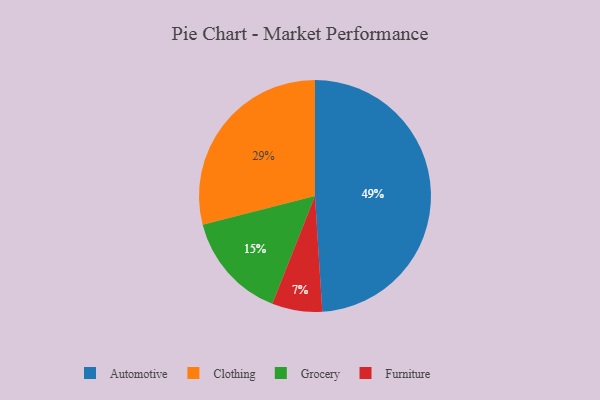
{"axis": {"x": "Category", "y": "Percentage"}, "legend": ["Automotive", "Clothing", "Furniture", "Grocery"], "data": [{"x": "Automotive", "y": 49, "type": "Automotive"}, {"x": "Furniture", "y": 7, "type": "Furniture"}, {"x": "Grocery", "y": 15, "type": "Grocery"}, {"x": "Clothing", "y": 29, "type": "Clothing"}]}